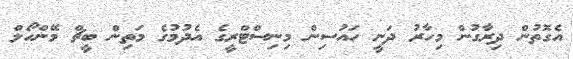
އެގޮތުން ދިރާގުން މިހާރު ދަނީ ހައުސިން މިނިސްޓްރީގެ އެދުމުގެ މަތިން ބީޗް މޭންހޯލް